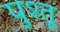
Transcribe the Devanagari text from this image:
पुश्‍तू